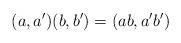
LaTeX: \begin{align*}(a,a^{\prime})(b,b^{\prime})=(ab,a^{\prime}b^{\prime}) \end{align*}